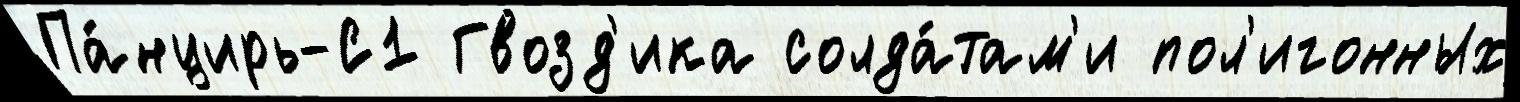
Па́нцирь-С1 Гвозд'ика солда́там'и пол'игонных